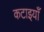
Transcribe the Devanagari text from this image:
कटाइयाँ